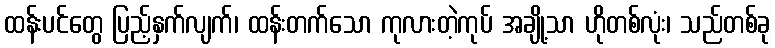
ထန်းပင်တွေ ပြည့်နှက်လျက်၊ ထန်းတက်သော ကုလားတဲ့ကုပ် အချို့သာ ဟိုတစ်လုံး၊ သည်တစ်ခု